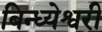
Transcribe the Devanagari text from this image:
बिन्ध्येश्वरी